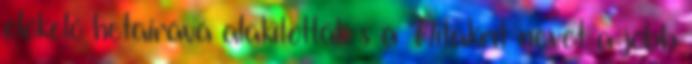
előkelő hetairává alakították s a Nitakrit nevet a jobb